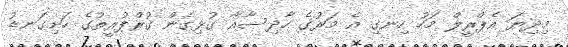
މިދިޔަ އެޕްރީލް މަހު ހިނގި އެ މަރުގެ ހާދިސާއާ ގުޅިގެން ގުރްޕުރީތުގެ ހަށިގަނޑު